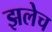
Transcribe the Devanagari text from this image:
झलेच